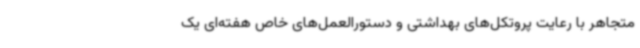
متجاهر با رعایت پروتکل‌های بهداشتی و دستورالعمل‌های خاص هفته‌ای یک